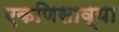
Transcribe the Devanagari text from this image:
एकणिसाव्या